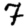
Digit: 7